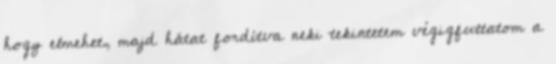
hogy elmehet, majd hátat fordítva neki tekintetem végigfuttatom a